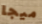
ميجا